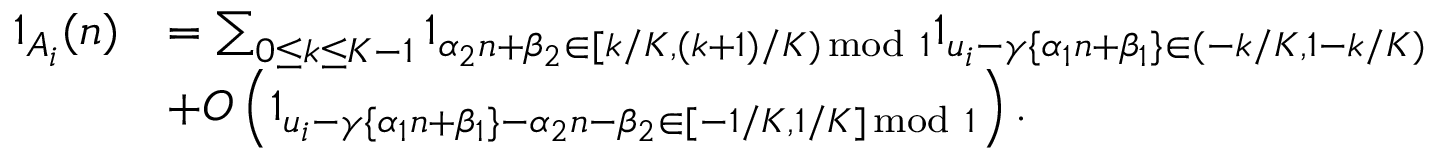
\begin{array} { r l } { 1 _ { A _ { i } } ( n ) } & { = \sum _ { 0 \leq k \leq K - 1 } 1 _ { \alpha _ { 2 } n + \beta _ { 2 } \in [ k / K , ( k + 1 ) / K ) \, \mathrm { m o d ~ } 1 } 1 _ { u _ { i } - \gamma \{ \alpha _ { 1 } n + \beta _ { 1 } \} \in ( - k / K , 1 - k / K ) } } \\ & { + O \left( 1 _ { u _ { i } - \gamma \{ \alpha _ { 1 } n + \beta _ { 1 } \} - \alpha _ { 2 } n - \beta _ { 2 } \in [ - 1 / K , 1 / K ] \, \mathrm { m o d ~ } 1 } \right) . } \end{array}